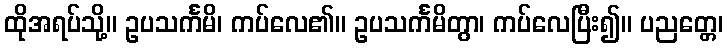
ထိုအရပ်သို့။ ဥပသင်္ကမိ၊ ကပ်လေ၏။ ဥပသင်္ကမိတွာ၊ ကပ်လေပြီး၍။ ပညတ္တေ၊